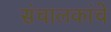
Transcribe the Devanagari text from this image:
संचालकांचे